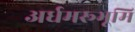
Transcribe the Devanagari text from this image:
अर्धमरूभूमि